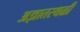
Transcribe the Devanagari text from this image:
अज्ञातस्थळी